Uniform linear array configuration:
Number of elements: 32
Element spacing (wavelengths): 0.25
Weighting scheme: hann
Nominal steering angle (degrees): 60
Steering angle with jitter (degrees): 59.75
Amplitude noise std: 0.05
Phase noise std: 0.05

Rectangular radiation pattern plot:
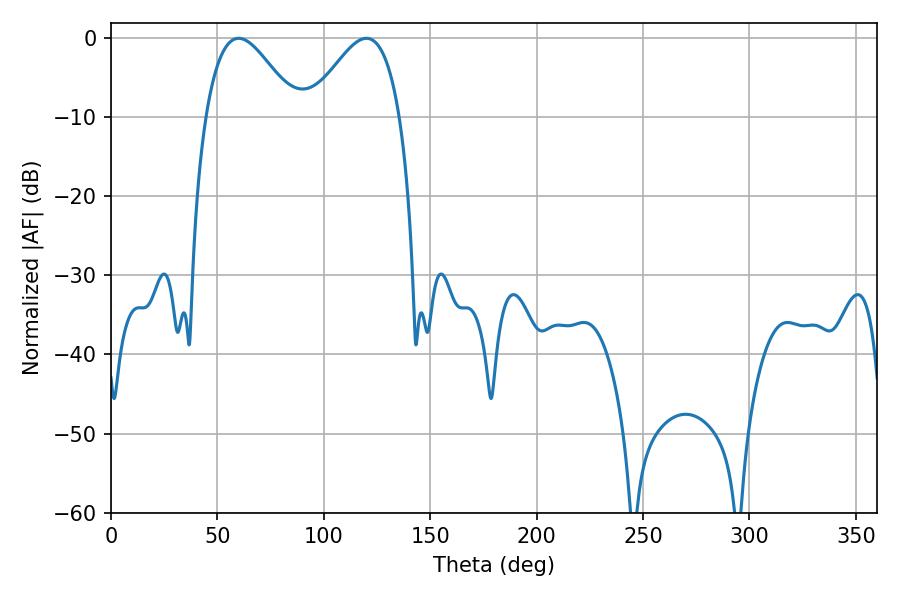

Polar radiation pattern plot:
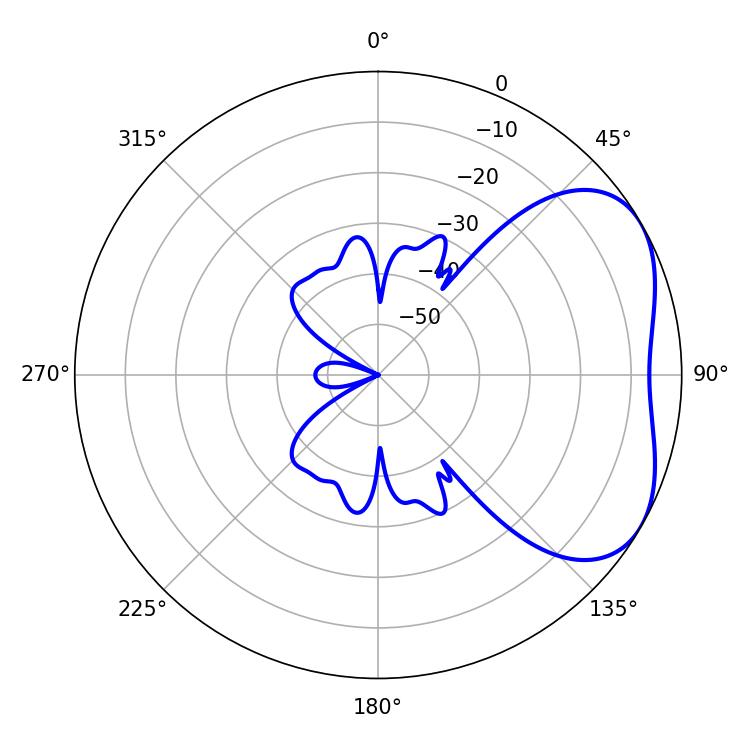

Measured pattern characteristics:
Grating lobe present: FALSE
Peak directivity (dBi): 4.041
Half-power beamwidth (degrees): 23.04
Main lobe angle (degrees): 59.94